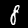
Label: 8